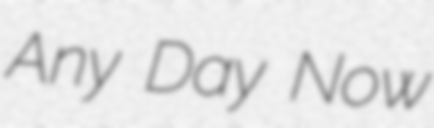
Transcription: Any Day Now